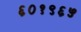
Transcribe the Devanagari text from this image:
६०१९६५